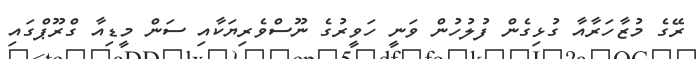
ރޭގެ މުޒާހަރާއާ ގުޅިގެން ފުލުހުން ވަނީ ހަވީރުގެ ނޫސްވެރިޔަކާއި ސަން މީޑިއާ ގްރޫޕްގައި